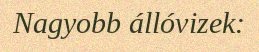
Nagyobb állóvizek: